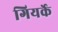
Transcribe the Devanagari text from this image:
गियर्के